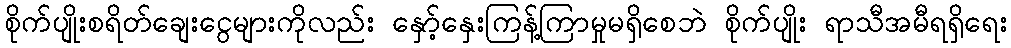
စိုက်ပျိုးစရိတ်ချေးငွေများကိုလည်း နှော့်နှေးကြန့်ကြာမှုမရှိစေဘဲ စိုက်ပျိုး ရာသီအမီရရှိရေး